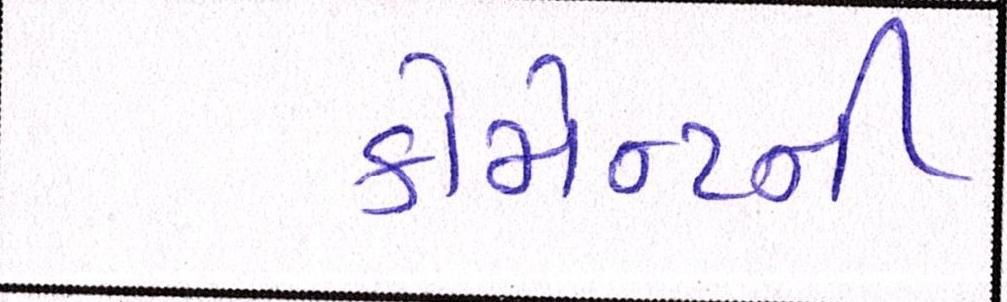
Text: કોમેન્ટની